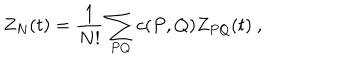
LaTeX: Z _ { N } ( t ) = { \frac { 1 } { N ! } } \sum _ { P Q } c ( P , Q ) Z _ { P Q } ( t ) ~ ,